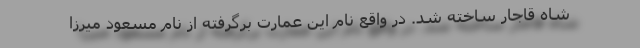
شاه قاجار ساخته شد. در واقع نام این عمارت برگرفته از نام مسعود میرزا